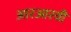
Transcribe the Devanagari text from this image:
आरआरवी